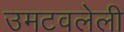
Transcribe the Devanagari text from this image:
उमटवलेली